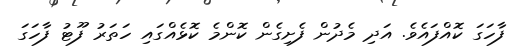
ފާހަގަ ކޮއްފައެވެ. އަދި މެދުން ފެށިގެން ކޮންމެ ކޮޅެއްގައި ހަތަރު ފޫޓު ފާހަގަ